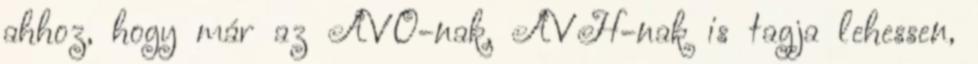
ahhoz, hogy már az ÁVO-nak, ÁVH-nak is tagja lehessen,